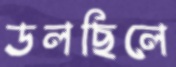
ডলছিলে